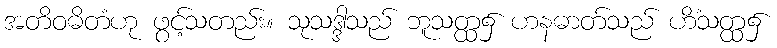
အတိဝဓိတံဟု ဖွင့်သတည်း။ သုသဒ္ဒါသည် ဘူသတ္ထ၌ ဟနဓာတ်သည် ဟိံသတ္ထ၌